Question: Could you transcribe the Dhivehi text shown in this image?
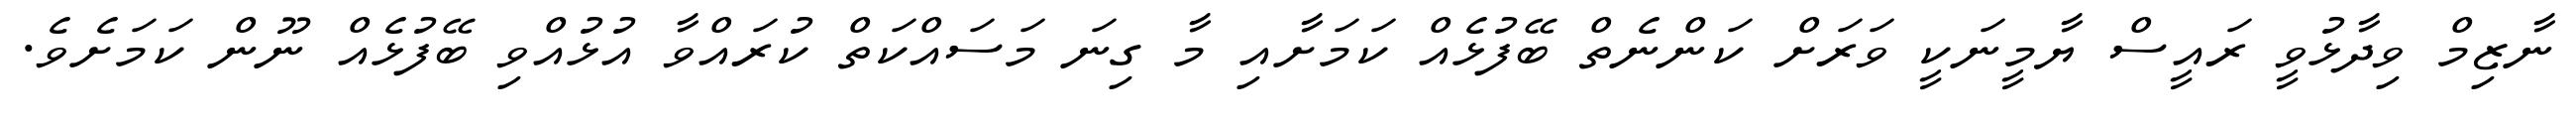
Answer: ނާޒިމް ވިދާޅުވީ ރައީސް ޔާމީނަކީ ވަރަށް ކަންނެތް ބޭފުޅެއް ކަމަށާއި މާ ގިނަ މަސައްކަތް ކުރައްވާ އުޅުއްވި ބޭފުޅެއް ނޫން ކަމަށެވެ.